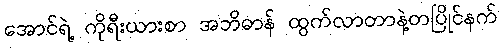
အောင်ရဲ့ ကိုရီးယားစာ အဘိဓာန် ထွက်လာတာနဲ့တပြိုင်နက်